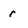
Character: r